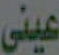
عيني